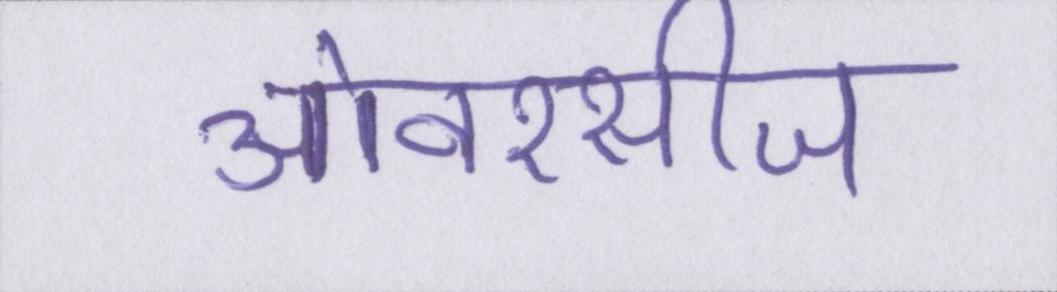
ओवरसीज